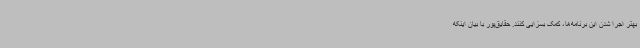
بهتر اجرا شدن این برنامه‌ها، کمک بسزایی کنند. حقایق‌پور با بیان اینکه